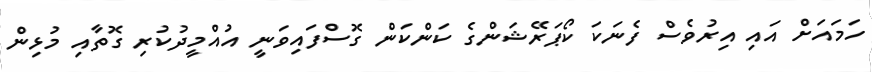
ހަމައަށް އައި އިރުވެސް ފެނަކަ ކޯޕަރޭޝަންގެ ކަންކަން ގޮސްފައިވަނީ އުއްމީދުކުރި ގޮތާއި މުޅިން